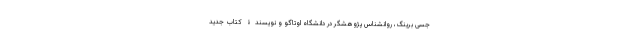
جسی برینگ، روانشناسِ پژوهشگر در دانشگاه اوتاگو و نویسندۀ کتاب جدید